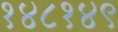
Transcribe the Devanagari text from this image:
१४८१४९